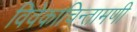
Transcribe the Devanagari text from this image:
विवेकाचिन्तामणी